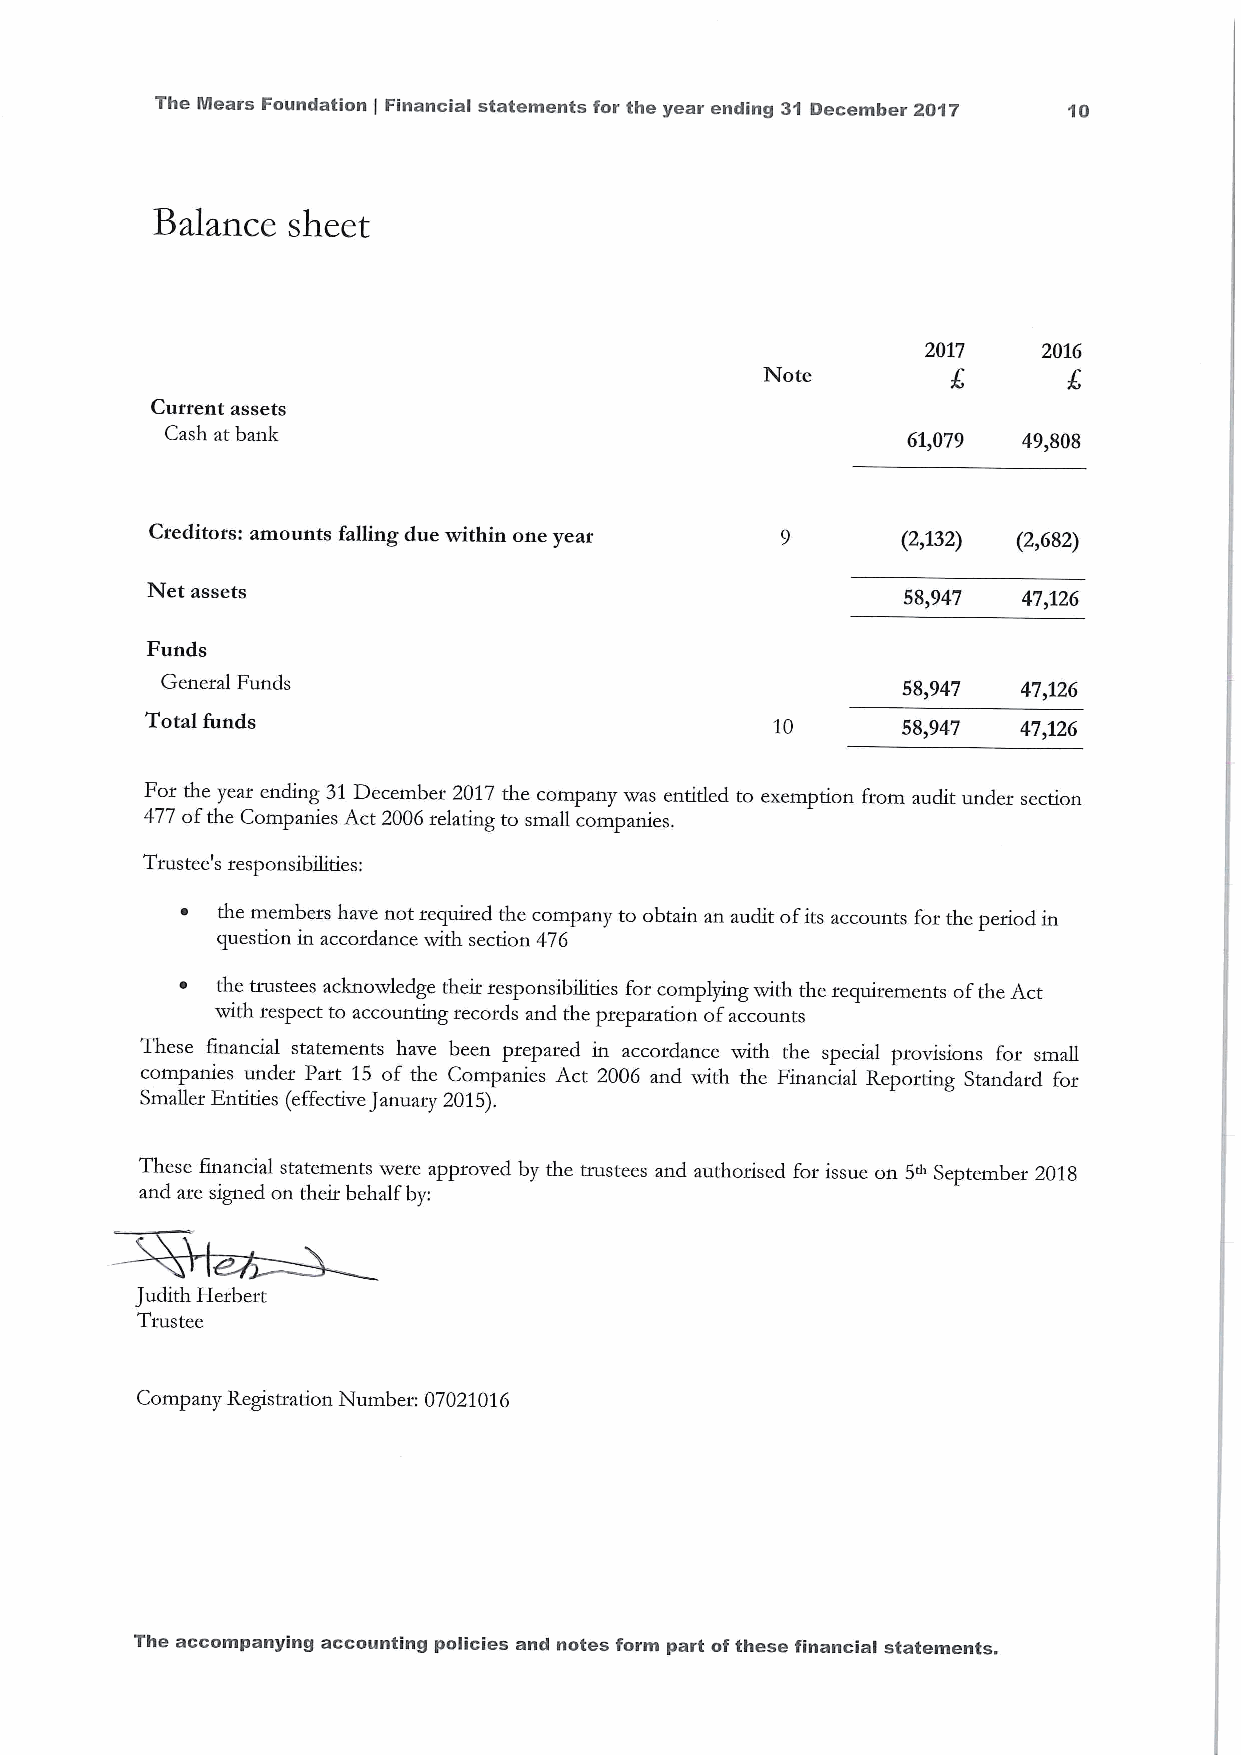
The Mears Foundation Financial statements for the year ending 31 December 2017 10
 )
 Balance  sheet
 2017    2016
 Note
 Current assets
 Cash at bank                                     61,079  49,808
 Creditors: amounts falling due within one year    (2&132) (2,682)
 Net assets
 58,947  47,126
 Funds
 General Funds                                    58,947  47,126
 Total funds                              10       58,947 47,126
 For the year ending 31December 2017the company was entitled to exemption from audit under section
 477 ofthe Companies Act 2006relating to small companies.
 Trustee's responsibilities:
 ~ the members have not required the company to obtain an audit ofits accounts for the period in
 question in accordance with section 476
 ~ the trustees acknowledge their responsibilities for complying with the requirements ofthe Act
 with respect to accounting records and the preparation ofaccounts
 These 6nancial statements have been prepared in accordance with the special provisions for small
 companies under Part 15 of the Companies Act 2006 and with the Financial Reporting Standard for
 Smaller Entities {effectiveJanuary 2015).
 These fmancial statements were approved by the trustees and authorised for issue on 5+September 2018
 and are signed on their behalf by:
 Judith Herbert
 Tmstee
 Company Registration Number: 07021016
 The accompanying accounting policies and notes form part ofthese financial statements.